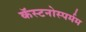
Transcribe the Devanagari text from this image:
कॅस्टनोस्पर्मम